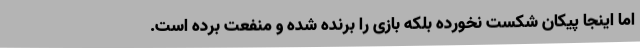
اما اینجا پیکان شکست نخورده بلکه بازی را برنده شده و منفعت برده است.